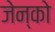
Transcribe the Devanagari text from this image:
जेन्को